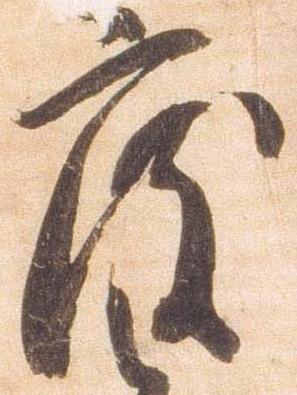
度